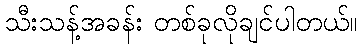
သီးသန့်အခန်း တစ်ခုလိုချင်ပါတယ်။